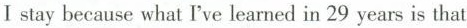
Ⅰstay because what I've learned in 29 years is that